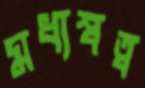
মধ্যস্বত্ব